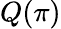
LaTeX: Q(\pi)